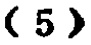
\((5)\)